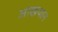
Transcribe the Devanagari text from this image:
आखयान